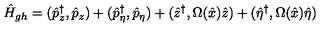
\hat { H } _ { g h } = ( \hat { p } _ { z } ^ { \dagger } , \hat { p } _ { z } ) + ( \hat { p } _ { \eta } ^ { \dagger } , \hat { p } _ { \eta } ) + ( \hat { z } ^ { \dagger } , \Omega ( \hat { x } ) \hat { z } ) + ( \hat { \eta } ^ { \dagger } , \Omega ( \hat { x } ) \hat { \eta } )